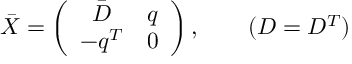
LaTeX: \bar { X } = \left( \begin{array} { c c } { { \bar { D } } } & { { q } } \\ { { - q ^ { T } } } & { { 0 } } \end{array} \right) , ~ ~ ~ ~ ~ ~ ( D = D ^ { T } )